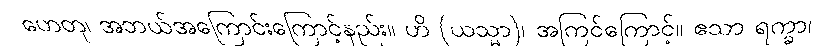
ဟေတု၊ အဘယ်အကြောင်းကြောင့်နည်း။ ဟိ (ယသ္မာ)၊ အကြင်ကြောင့်။ ဧသာ ရက္ခာ၊